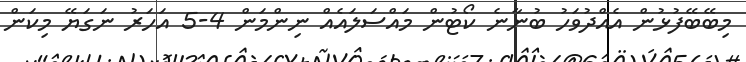
މިބޭބޭފުޅުން އެއްދުވަހު ބުނާނެ ކޯޓުން މައްސަލައެއް ނިންމަން 4-5 އަހަރު ނަގަޔޭ މިކަން